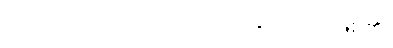
(အဘိညာ၊ အဘိညာဉ်သည်။ ဟောတိ၊ ဖြစ်၏)